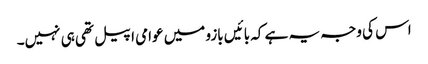
اس کی وجہ یہ ہے کہ بائیں بازو میں عوامی اپیل تھی ہی نہیں۔